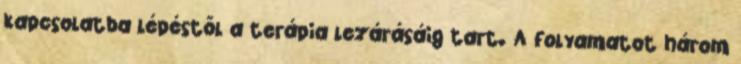
kapcsolatba lépéstől a terápia lezárásáig tart. A folyamatot három